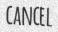
CANCEL